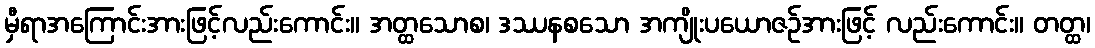
မှီရာအကြောင်းအားဖြင့်လည်းကောင်း။ အတ္ထသောစ၊ ဒဿနစသော အကျိုးပယောဇဉ်အားဖြင့် လည်းကောင်း။ တတ္ထ၊